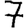
Digit: 7